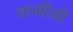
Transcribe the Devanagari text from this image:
कमीनी